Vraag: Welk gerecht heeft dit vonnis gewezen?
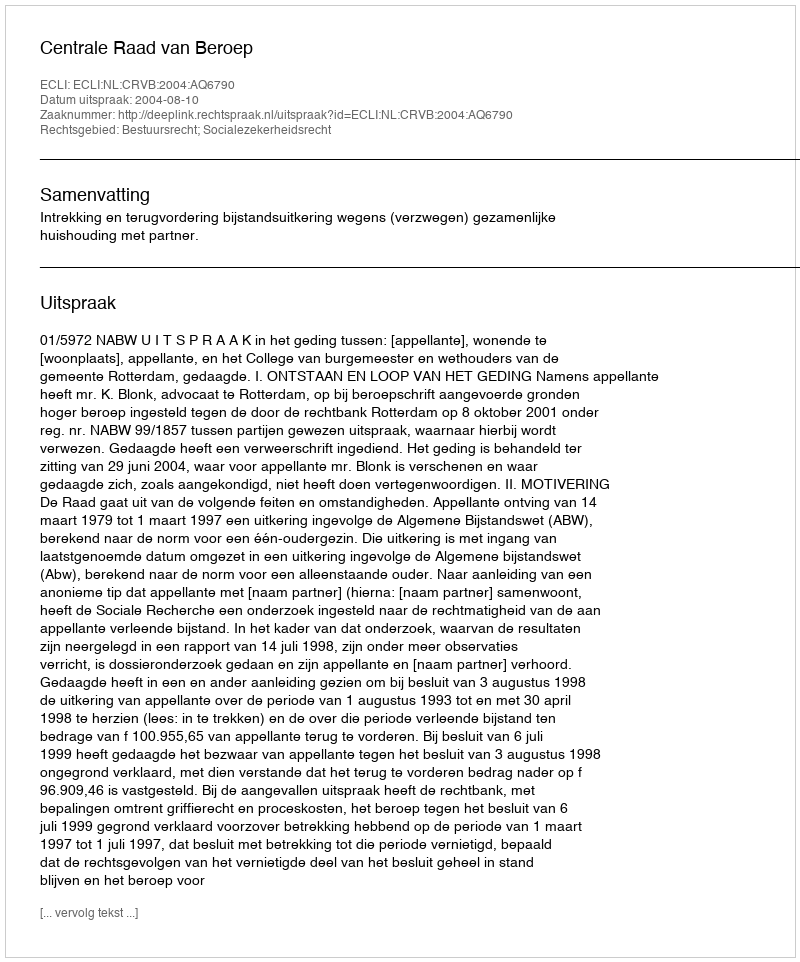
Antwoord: Centrale Raad van Beroep